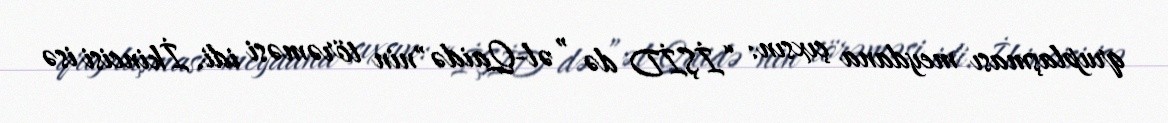
qruplaşması meydana çıxsın: “İŞİD də ”əl-Qaidə"nin törəməsi idi. İkincisi isə